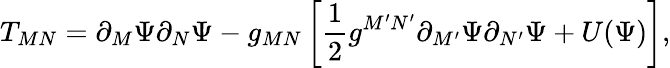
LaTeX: T_{MN}=\partial_{M}\Psi\partial_{N}\Psi-g_{MN}\left[\frac{1}{2}g^{M^{\prime}N^{\prime}}\partial_{M^{\prime}}\Psi\partial_{N^{\prime}}\Psi+U(\Psi)\right],